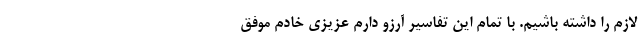
لازم را داشته باشیم. با تمام این تفاسیر آرزو دارم عزیزی خادم موفق